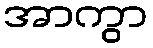
အာကွာ